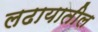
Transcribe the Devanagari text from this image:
लढायातील